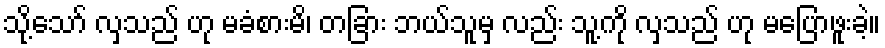
သို့သော် လှသည် ဟု မခံစားမိ၊ တခြား ဘယ်သူမှ လည်း သူ့ကို လှသည် ဟု မပြောဖူးခဲ့။